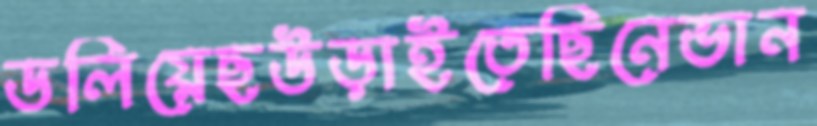
ডলিয়েছউড়াইতেছিনেভান